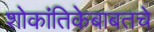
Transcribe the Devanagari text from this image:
शोकांतिकेबाबतचे